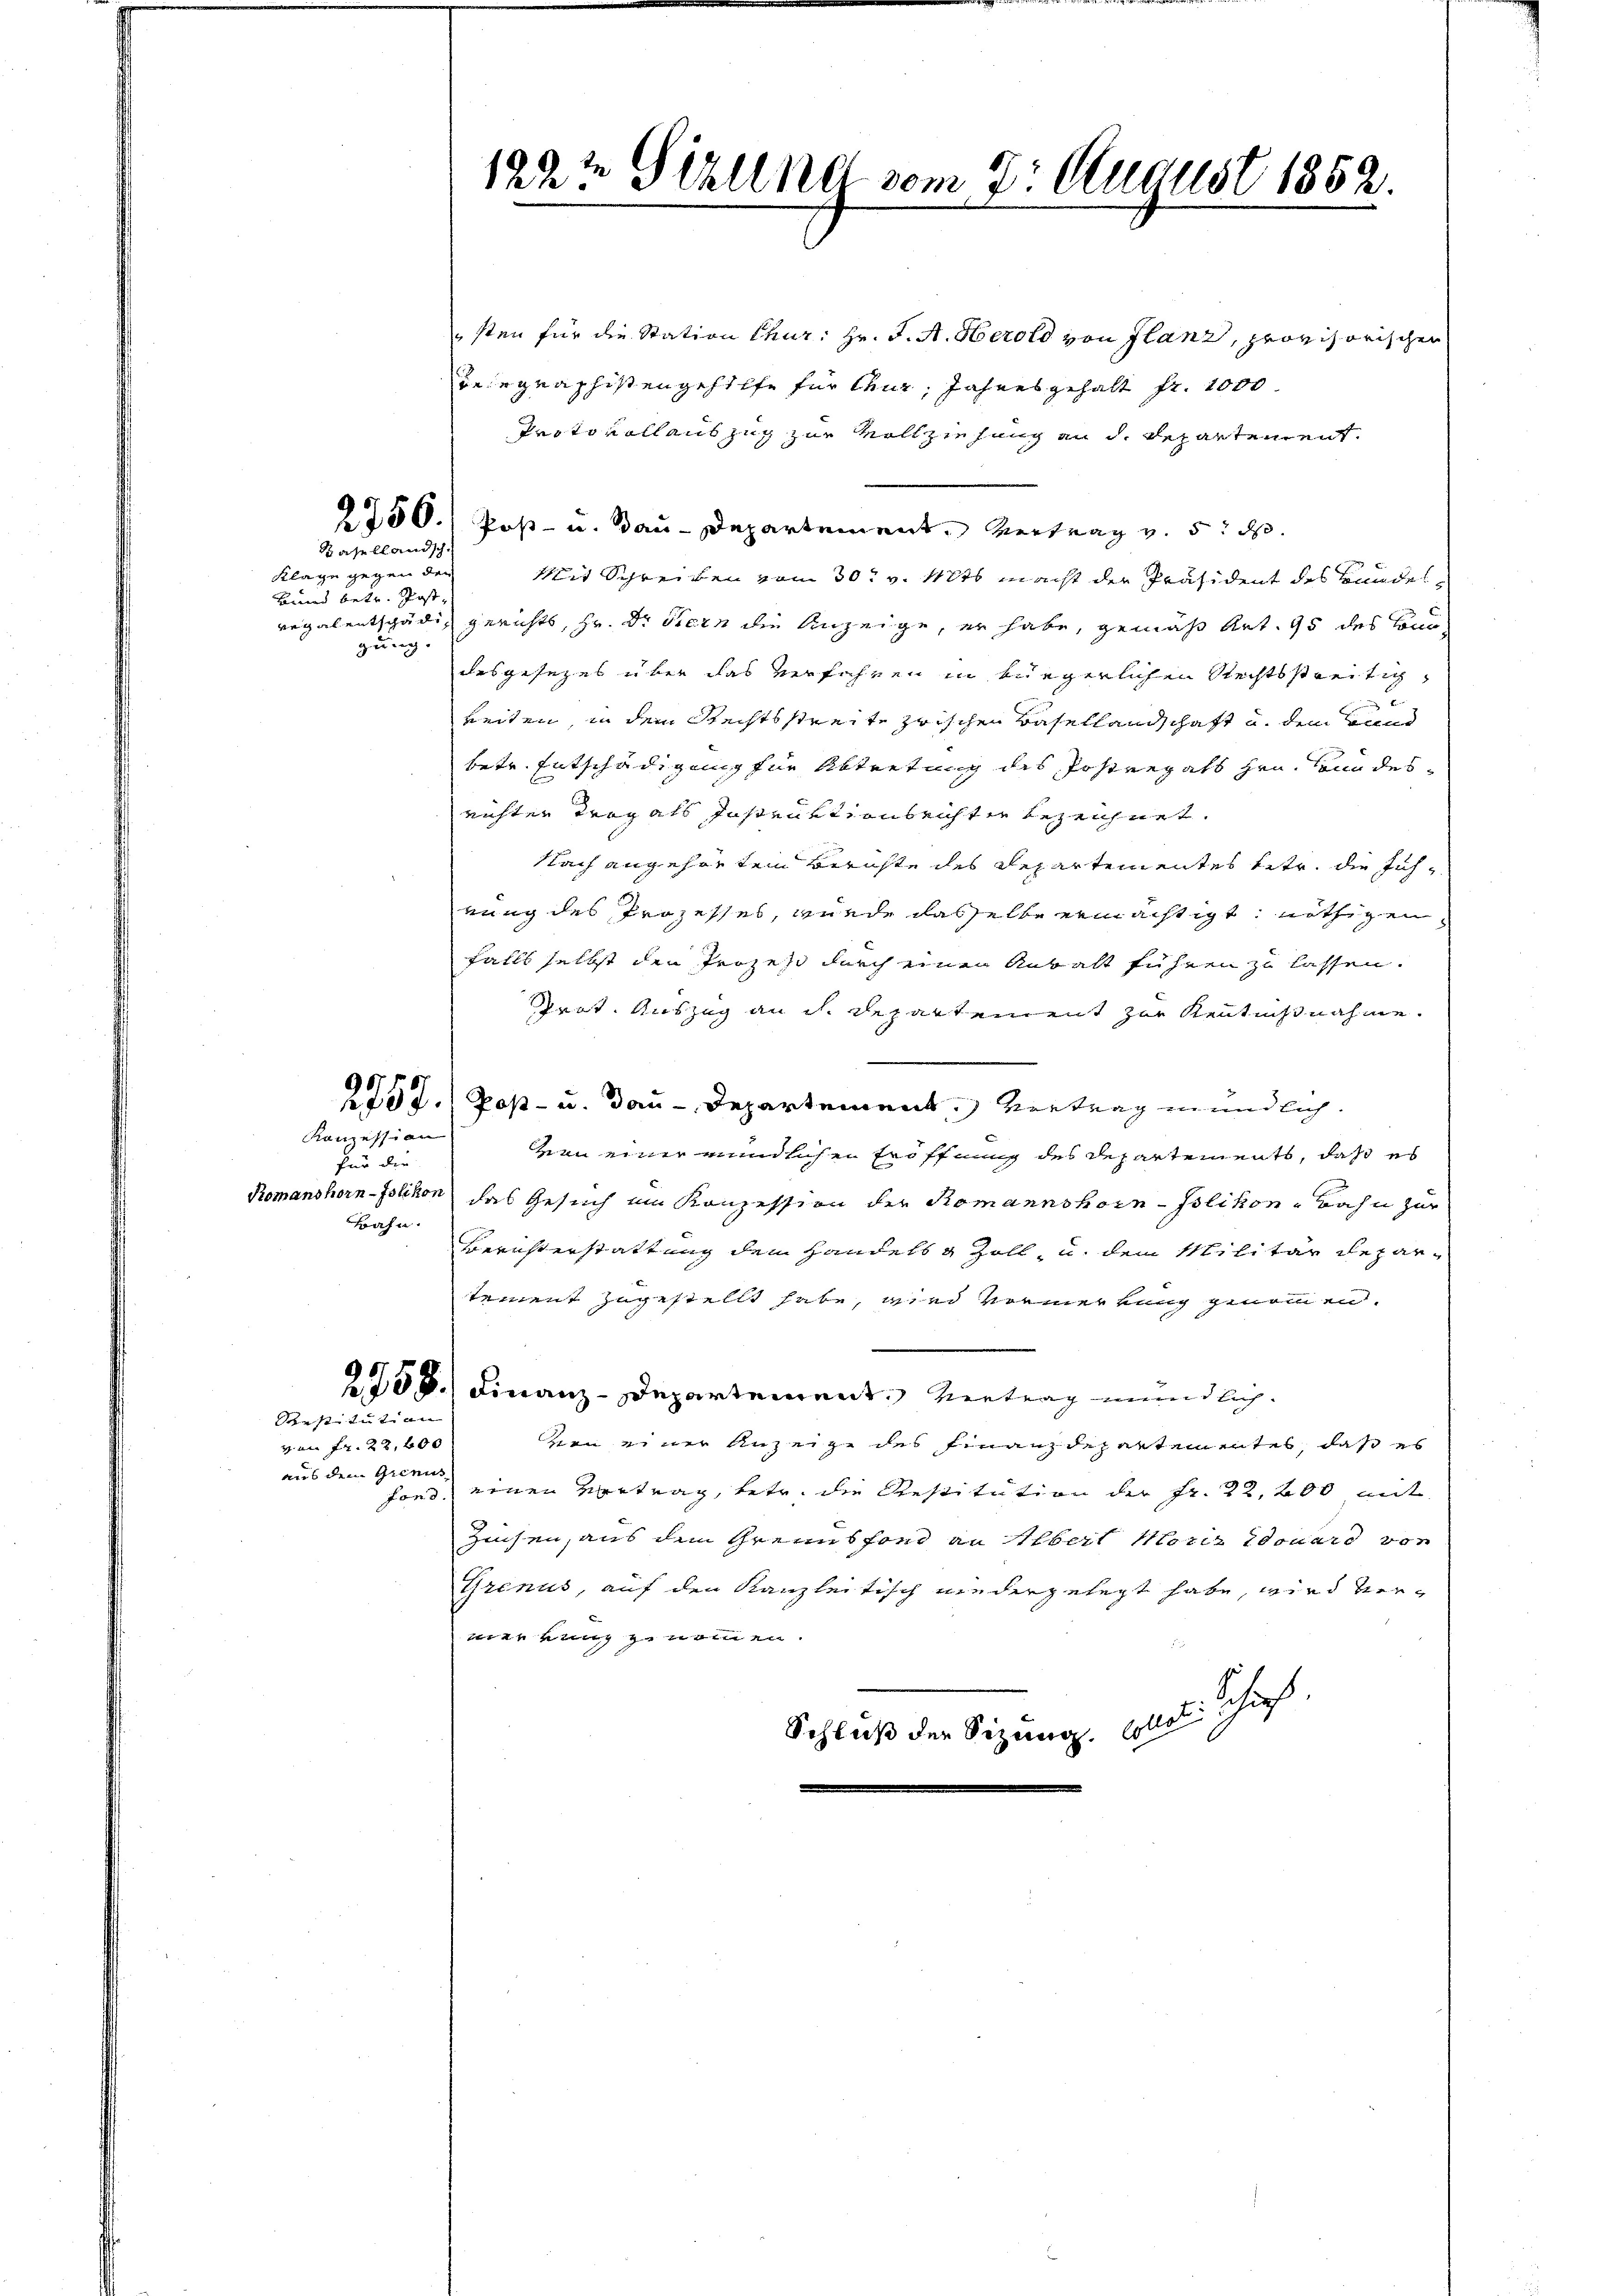
Kazellandsch

Klage gegen der
Bund betr. Post,
gung.

Kanzession
für die
Bahn.

aus dem Grenis
fond

Bestitution
v an Fr. 28,600

sten für die Station Chur: Hr. J. A. Herold von Glanz, provisorischen
Belegraphistengehilfe für Chur, Jahresgehalt Fr. 1000.
Protokollauszug zur Vollziehung an d. Departement.
2750.) Post- u. Bau-Departement. Vertrag v. 5. d.
Mit Schreiben vom 30t v. Mts macht der Präsident des Bunde
regalentschädig gerichts, Hr. Dr. Bern die Anzeige, er habe, gemäß Art. 95 des Condesgesezes über das verfahren in bürgerlichen Rechtsstreitig

reiten, in dem Rechtsstreite zwischen Basellandschaft u. dem Bund
betr. Entschädigung für Abtretung des Postergats gen. Sinn desrichter Trog als Instruktionsrichter bezeichnet.
Nach angehörten Berichte des Departementes betr. die Jahrung des Prozesses, wurde dasselbe ermächtigt, nöthigen
falls selbst den Prozess durch einen Anwalt führen zu lassen.
Prat. Auszug an d. Departement zur Kenntnißnahme.
2257. Post- u. Bau-Departement. Vertrag mündlich.
kein einer mündlichen Eröffnung des Departements, daß es
Romanshorn-Islikon das Gesuch im Konzession der Romannshorn - Polikon-Bahn zur
Berichterstattung dem Handels & Zoll, u. dem Militär Repartement zugestellt habe, wird vormerkung genommen.
2758.) Finanz-Departement. Vertrag mündlich.
dern einer Anzeige des Finanzdepartementes, daß es
einen Vertrag, betr. die Restitution der Fr. 22,400 mit
Zinsen, aus dem Greinsfond an Albert Moriz Edouard von
Grenus, auf den Kanzleitisch niedergelegt habe, wird verenkung zu nommen.
Schluß der Sitzung. Das Schaf

192te Sizllnd vom 7. August 1852.